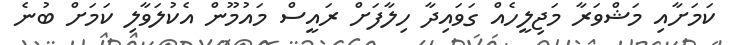
ކަމަށާއި މަޝްވަރާ މަޖިލީހެއް ގަވައިދާ ހިލާފަށް ރައީސް މައުމޫން އެކުލަވާލި ކަމަށް ބުނެ